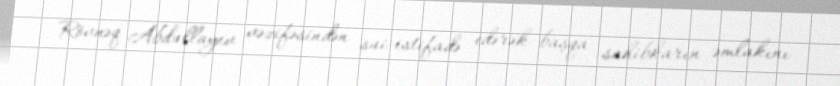
Rövnəq Abdullayev vəzifəsindən sui-istifadə edərək başqa sahibkarın əmlakını